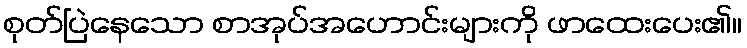
စုတ်ပြဲနေသော စာအုပ်အဟောင်းများကို ဖာထေးပေး၏။